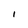
Character: l